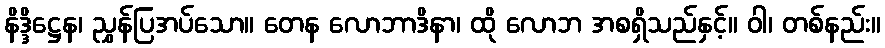
နိဒ္ဒိဋ္ဌေန၊ ညွှန်ပြအပ်သော။ တေန လောဘာဒိနာ၊ ထို လောဘ အစရှိသည်နှင့်။ ဝါ၊ တစ်နည်း။